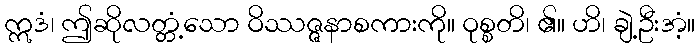
ဣဒံ၊ ဤဆိုလတ္တံ့သော ဝိဿဇ္ဇနာစကားကို။ ဝုစ္စတိ၊ ၏။ ဟိ၊ ချဲ့ဦးအံ့။